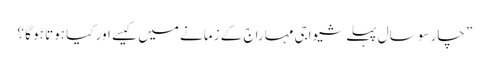
” چار سو سال پہلے شیواجی مہاراج کے زمانے میں کیسے اور کیا ہوتا ہو گا ؟